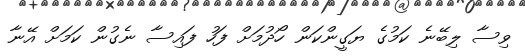
ވިސާ ލިބޭނެ ކަމުގެ ޔަގީންކަން ހޯދުމަށް ފަހު ފައިސާ ނެގުން ކަމަށް އޭނާ